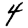
Digit: 4